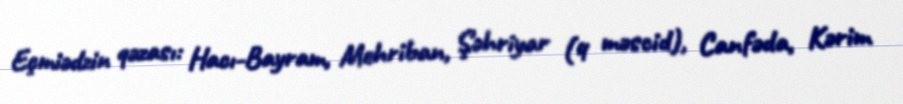
Eçmiədzin qəzası: Hacı-Bayram, Mehriban, Şəhriyar (4 məscid), Canfəda, Kərim